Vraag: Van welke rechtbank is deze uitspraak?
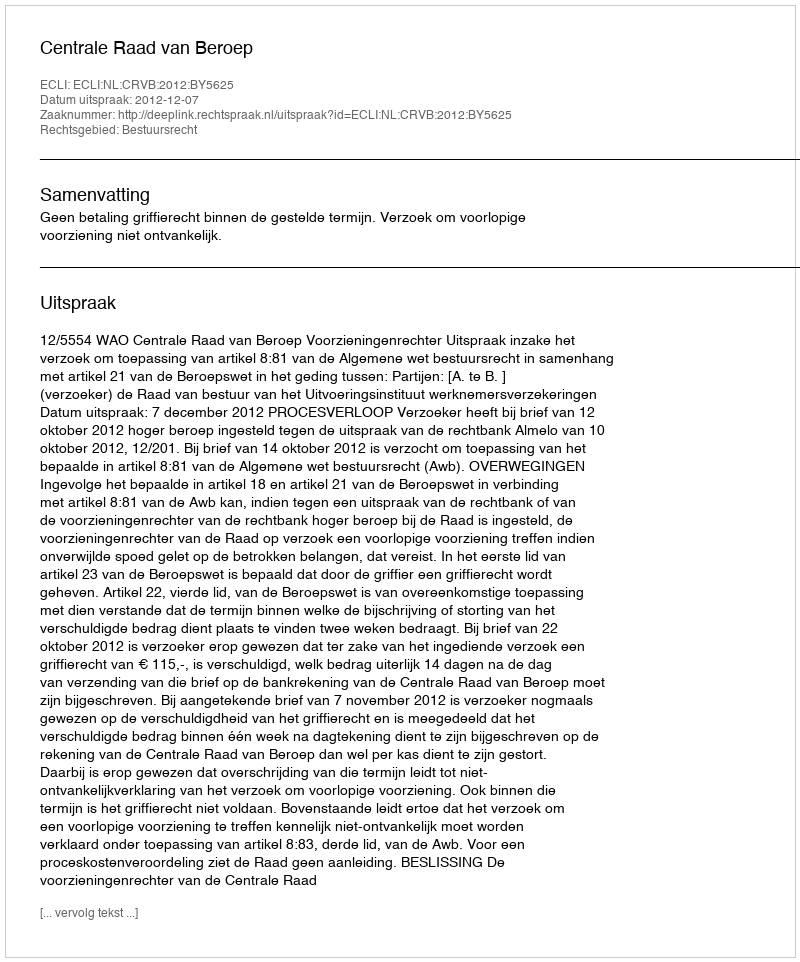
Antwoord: Centrale Raad van Beroep